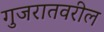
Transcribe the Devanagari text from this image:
गुजरातवरील